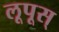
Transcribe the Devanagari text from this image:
लूपूस्